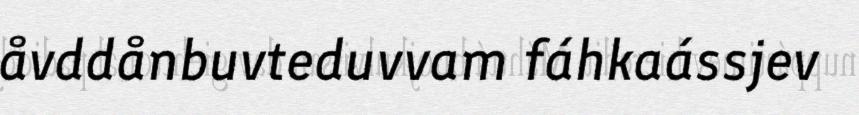
åvddånbuvteduvvam fáhkaássjev